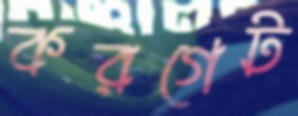
করগেট